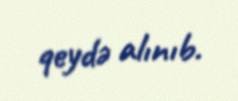
qeydə alınıb.